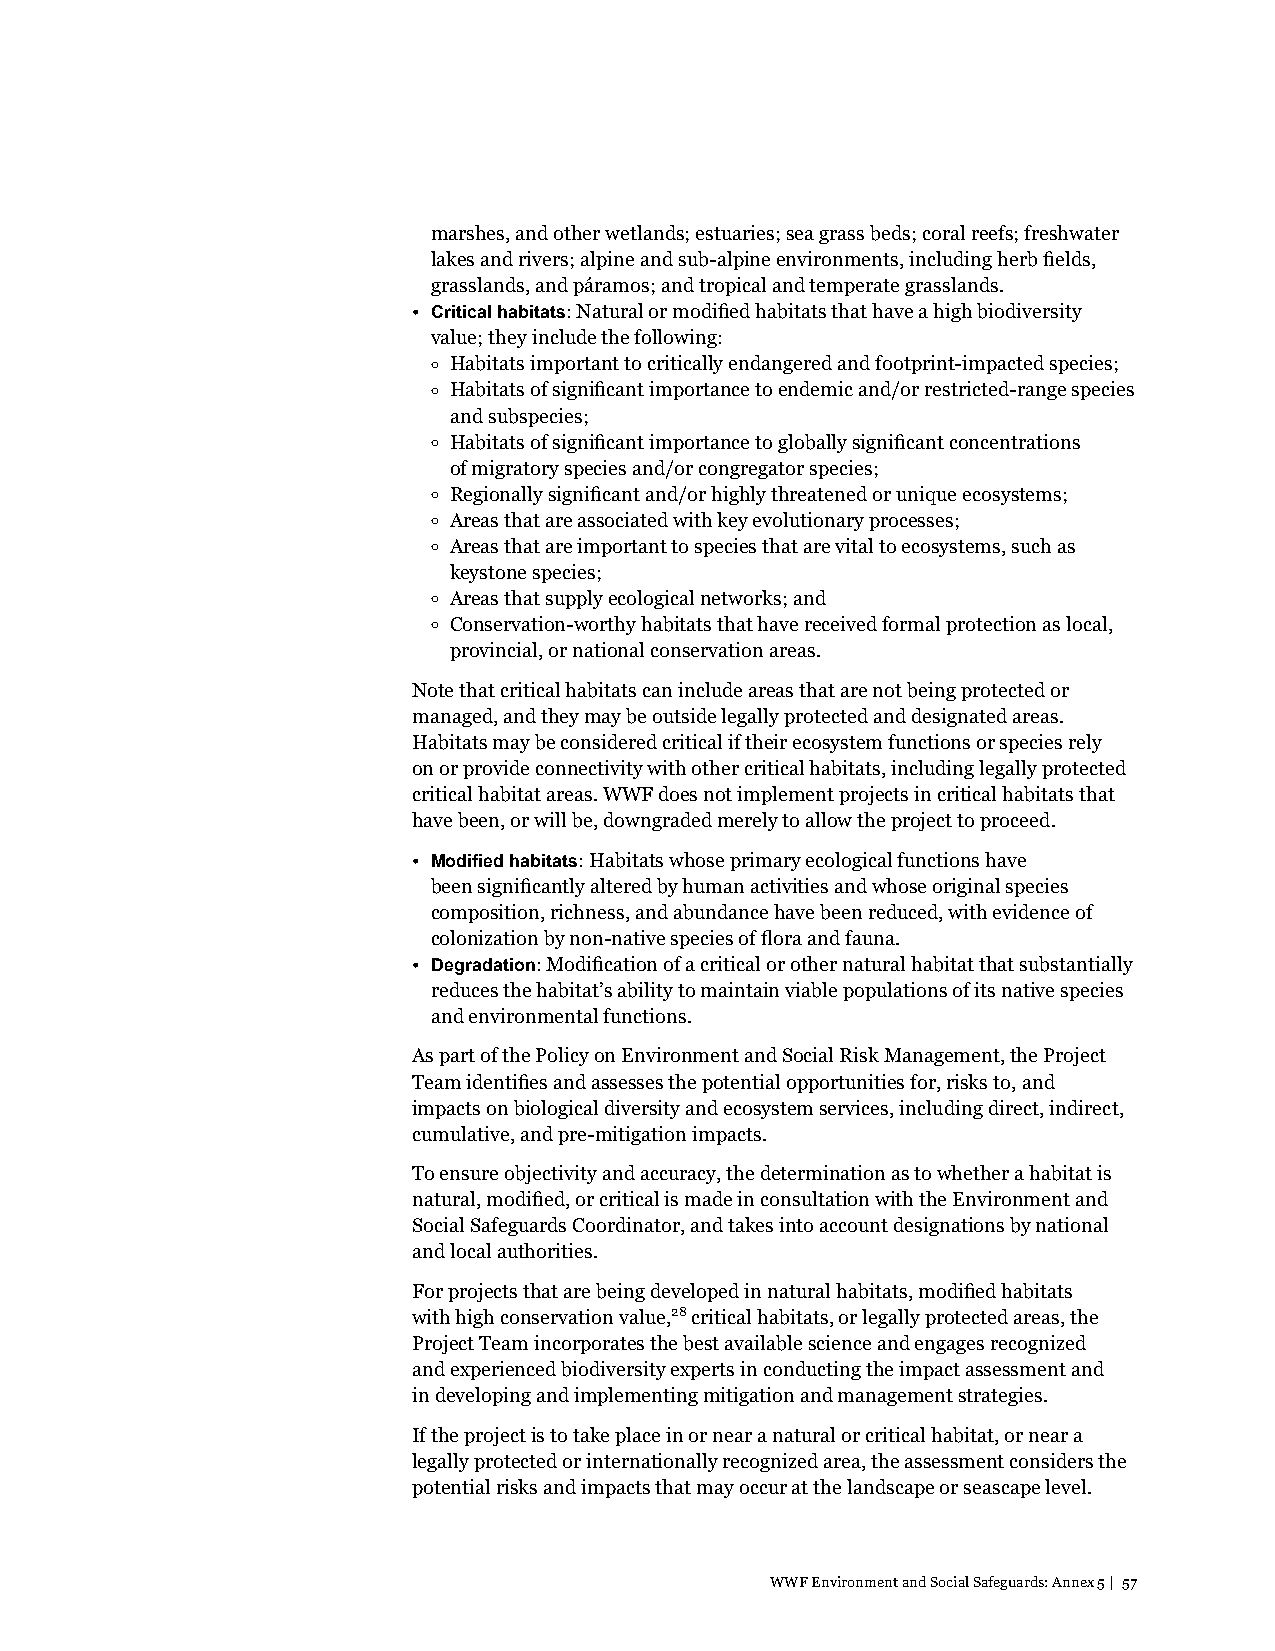
marshes, and other wetlands; estuaries; sea grass beds; coral reefs; freshwater
 lakes and rivers; alpine and sub-alpine environments, including herb fields,
 grasslands, and páramos; and tropical and temperate grasslands.
 • Critical habitats: Natural or modified habitats that have a high biodiversity
 value; they include the following:
 o Habitats important to critically endangered and footprint-impacted species;
 o Habitats of significant importance to endemic and/or restricted-range species
 and subspecies;
 o Habitats of significant importance to globally significant concentrations
 of migratory species and/or congregator species;
 o Regionally significant and/or highly threatened or unique ecosystems;
 o Areas that are associated with key evolutionary processes;
 o Areas that are important to species that are vital to ecosystems, such as
 keystone species;
 o Areas that supply ecological networks; and
 o Conservation-worthy habitats that have received formal protection as local,
 provincial, or national conservation areas.
 Note that critical habitats can include areas that are not being protected or
 managed, and they may be outside legally protected and designated areas.
 Habitats may be considered critical if their ecosystem functions or species rely
 on or provide connectivity with other critical habitats, including legally protected
 critical habitat areas. WWF does not implement projects in critical habitats that
 have been, or will be, downgraded merely to allow the project to proceed.
 • Modified habitats: Habitats whose primary ecological functions have
 been significantly altered by human activities and whose original species
 composition, richness, and abundance have been reduced, with evidence of
 colonization by non-native species of flora and fauna.
 • Degradation: Modification of a critical or other natural habitat that substantially
 reduces the habitat’s ability to maintain viable populations of its native species
 and environmental functions.
 As part of the Policy on Environment and Social Risk Management, the Project
 Team identifies and assesses the potential opportunities for, risks to, and
 impacts on biological diversity and ecosystem services, including direct, indirect,
 cumulative, and pre-mitigation impacts.
 To ensure objectivity and accuracy, the determination as to whether a habitat is
 natural, modified, or critical is made in consultation with the Environment and
 Social Safeguards Coordinator, and takes into account designations by national
 and local authorities.
 For projects that are being developed in natural habitats, modified habitats
 with high conservation value,28 critical habitats, or legally protected areas, the
 Project Team incorporates the best available science and engages recognized
 and experienced biodiversity experts in conducting the impact assessment and
 in developing and implementing mitigation and management strategies.
 If the project is to take place in or near a natural or critical habitat, or near a
 legally protected or internationally recognized area, the assessment considers the
 potential risks and impacts that may occur at the landscape or seascape level.
 WWF Environment and Social Safeguards: Annex 5 | 57